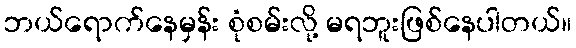
ဘယ်ရောက်နေမှန်း စုံစမ်းလို့ မရဘူးဖြစ်နေပါတယ်။